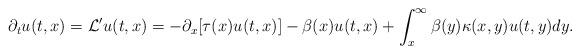
LaTeX: \begin{align*}\partial_tu(t,x)=\mathcal L'u(t,x)=-\partial_x[\tau(x)u(t,x)]-\beta(x)u(t,x)+\int_x^\infty\beta(y)\kappa(x,y)u(t,y)dy.\end{align*}